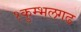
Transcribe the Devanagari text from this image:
१कुम्भलगढ